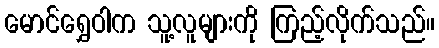
မောင်ရွှေဝါက သူ့လူများကို ကြည့်လိုက်သည်။